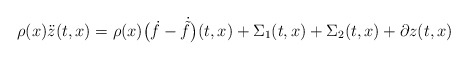
\begin{align*} \rho(x)\ddot{z}(t,x) = \rho(x)\bigl(\dot{f}-\dot{\tilde{f}}\bigr)(t,x) + \Sigma_1(t,x) + \Sigma_2(t,x) + \partial z(t,x)\end{align*}